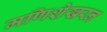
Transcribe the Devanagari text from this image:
मणिशेखरन